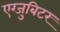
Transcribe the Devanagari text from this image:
एग्जुबिटर